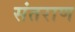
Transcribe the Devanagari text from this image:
संतराण